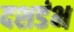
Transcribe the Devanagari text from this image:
दशडंभ